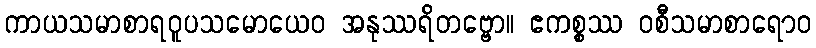
ကာယသမာစာရဝူပသမောယေဝ အနုဿရိတဗ္ဗော။ ဧကစ္စဿ ဝစီသမာစာရောဝ